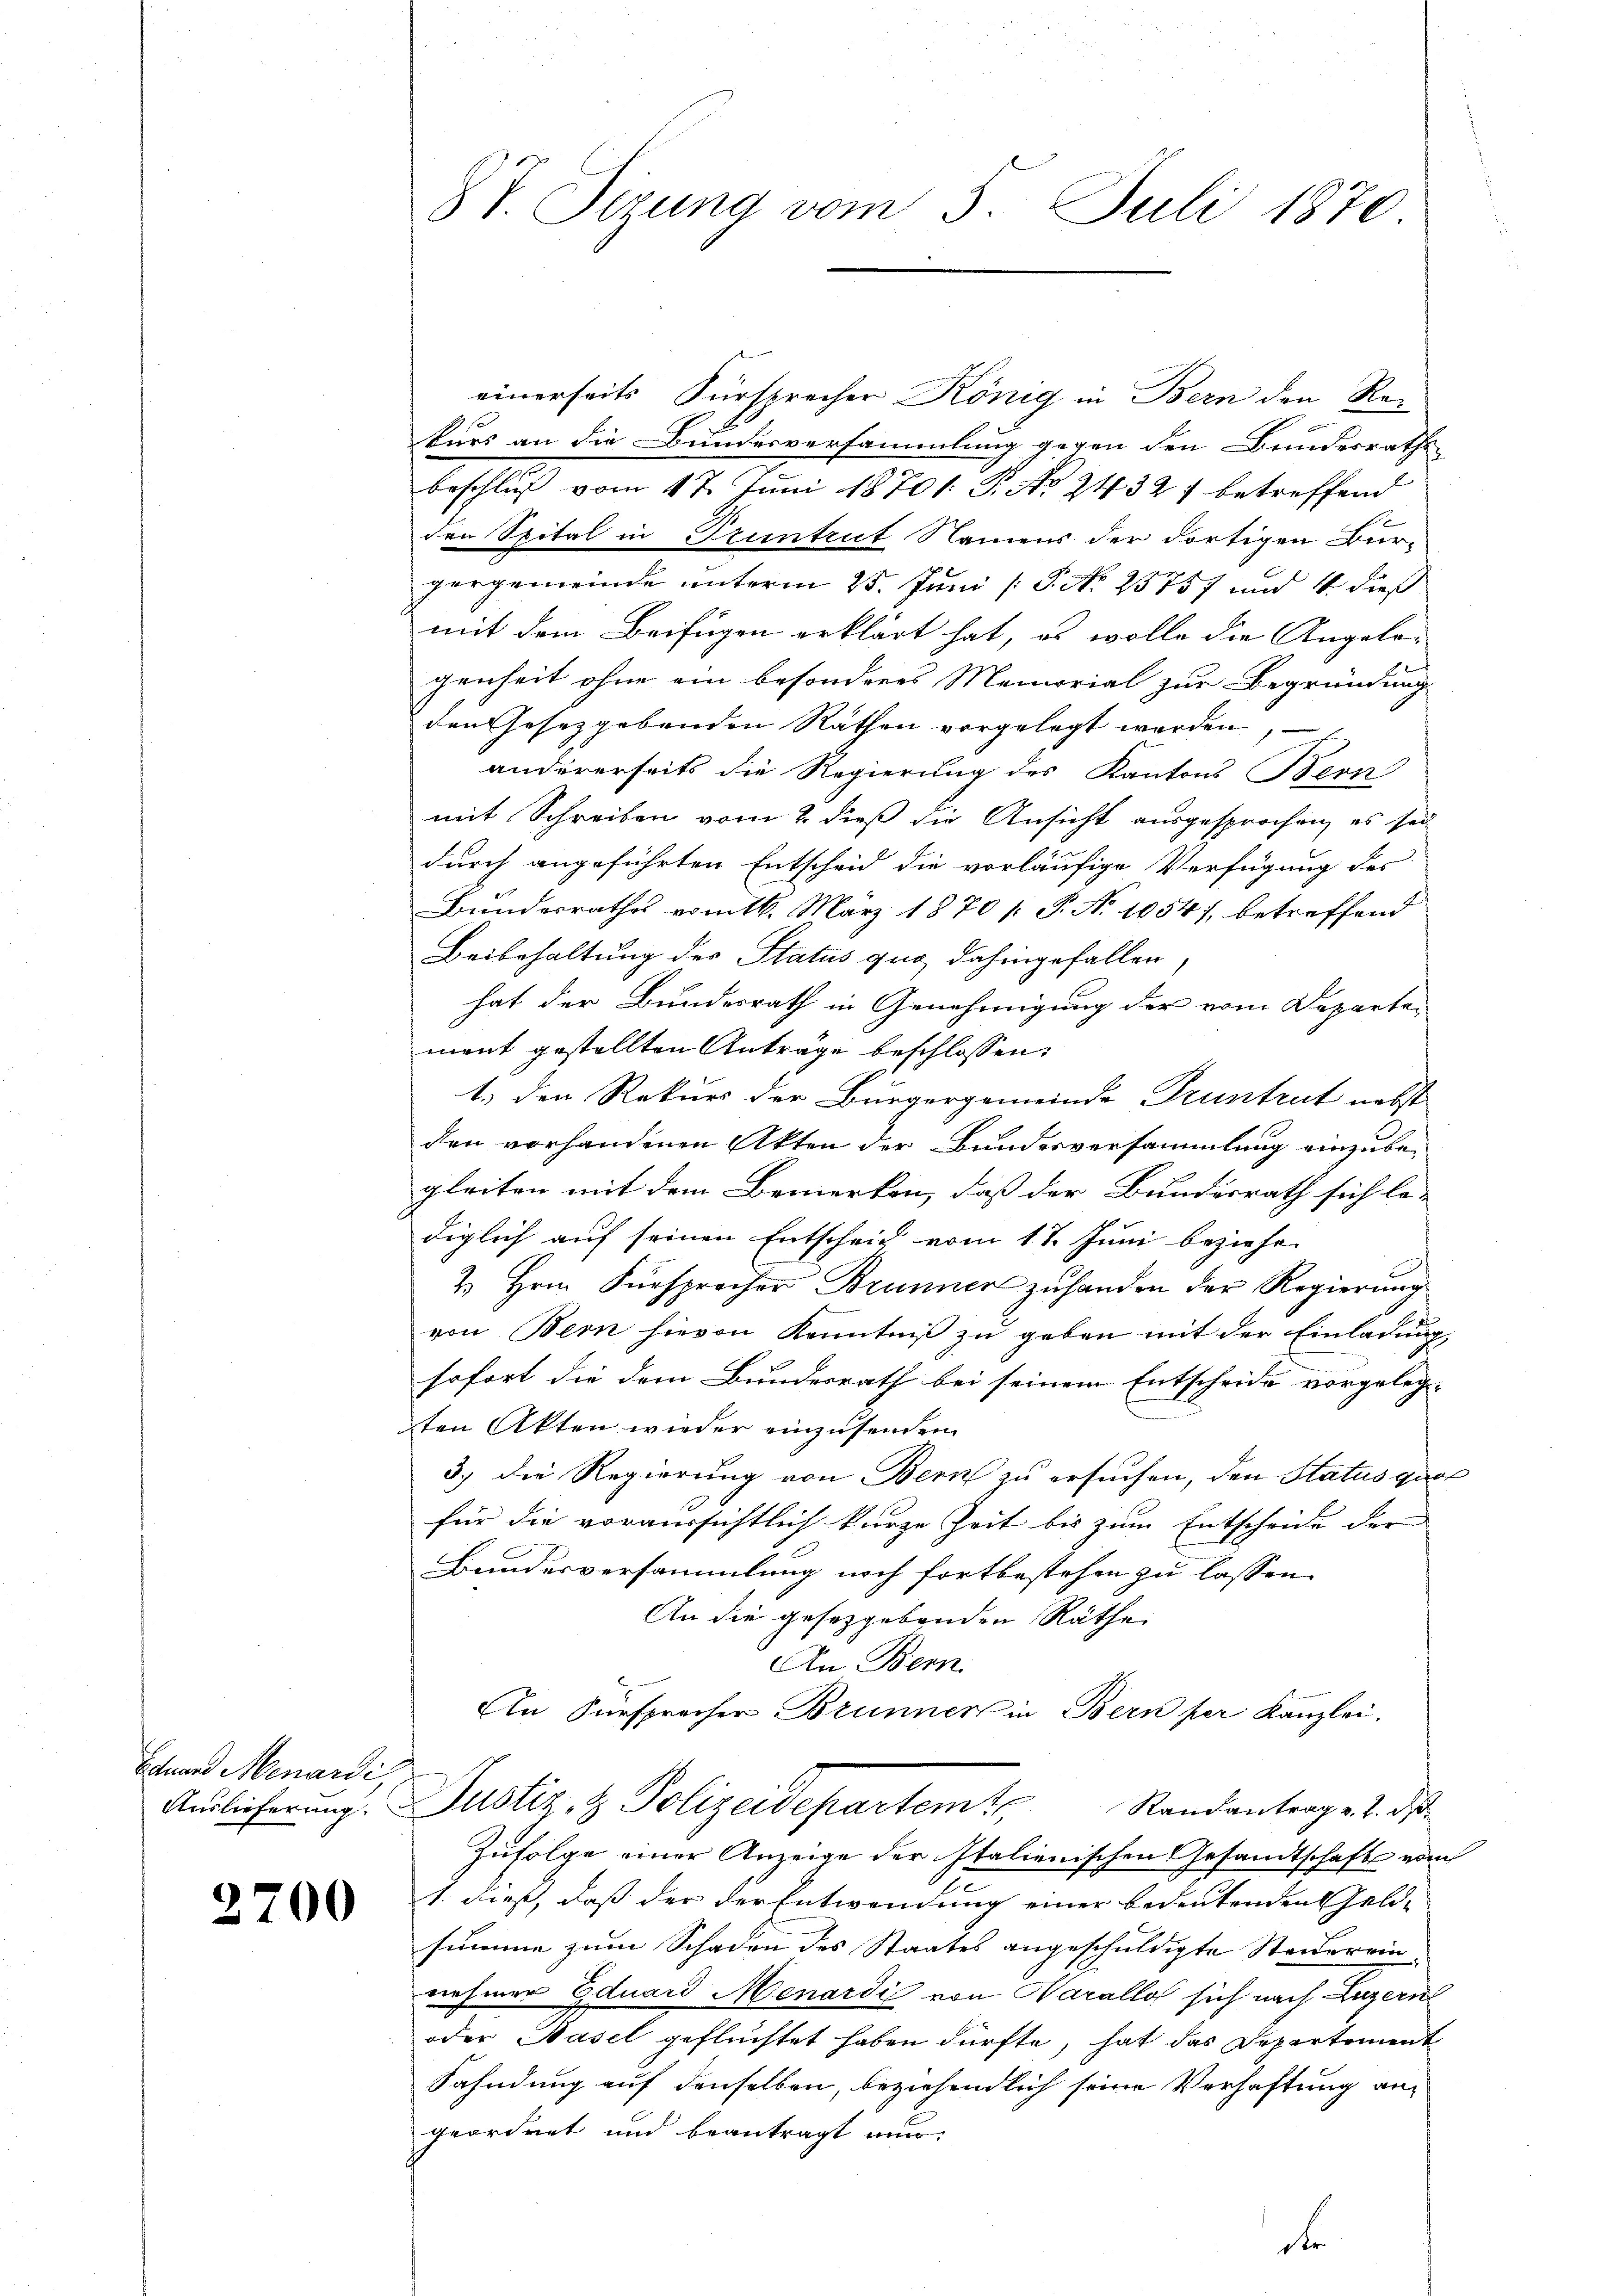
Eduard Menardi

3

¬

8 V. Sizung vom 3. Juli 1870

einerseits Fürsprecher König in Bern den Rekurs an die Bundesversammlung gegen den Bundesrathe
beschluß vom 17. Juni 18701. P. No 24327 betreffend
E
den Spital in Pruntrut Namens der dortigen Bür-
porgemeinde unterm 25. Juni /: P. Nr. 25757 und 4 dieß
mit dem Beifügen erklärt hat, es wolle die Angelögenheit ohne ein besonderes Memorial zur Begründung
den Gesetzgebenden Räthen vorgelegt werden,
andererseits die Regierung des Kantons Bern
mit Schreiben vom 2. dieß die Ansicht ausgesprochen, es sei
durch angeführten Entscheid die vorläufige Verfügung des
Bundesrathes vom 16. März 1870 /: P. Nr. 1054), betreffend
Beibehaltung der Status quo dahingefallen
hat der Bundesrath in Genehmigung der vom Departen
ment gestellten Anträge beschlossen:
1.) den Rekurs der Bürgergemeinde Pruntrut nebst
den vorhandenen Akten der Bundesversammlung einzube-
gleiten mit dem Bemerken, daß der Bundesrath sich le-
diglich auf seinen Entscheid vom 17. Juni beziehe.
2. Hrn. Fürsprecher Brunner zuhanden der Regierung
von Bern hievon Kenntniß zu geben mit der Einladung
sofort die dem Bundesrath bei seinem Entscheide vorgeleg-
ten Akten wieder einzusenden
3.) Die Regierung von Bern zu ersuchen, den Status quel
für die voraussichtlich kurze Zeit bis zum Entscheide der
Bundesversammlung noch fortbestehen zu lassen.
An die gesetzgebenden Räthe
An Bern.
An Fürsprecher Brunner in Bern per Kanzlei.
Auslieferung. Justiz & Polizeidepartem Randantrag v. 2. ds
Zufolge einer Anzeige der Italienischen Gesandtschafts vom
1. dieß, daß der der Entwendung einer bedeutenden Geld-
summe zum Schaden des Staates angeschuldigte Steuerein
nehmer Eduard Menardić von Harallof sich nach Luzern
oder Hasel gefluchtet haben dürfte, hat das Departement
Fahndung auf denselben, beziehendlich seine Verhaftung an
geordnet und beantragt nun,
F